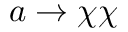
a \to \chi \chi